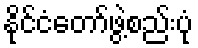
နိုင်ငံတော်ဖွဲ့စည်းပုံ